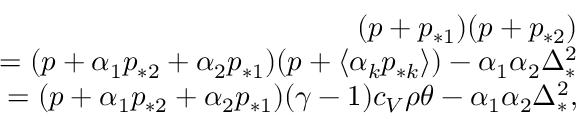
\begin{array} { r } { ( p + p _ { * 1 } ) ( p + p _ { * 2 } ) } \\ { = ( p + \alpha _ { 1 } p _ { * 2 } + \alpha _ { 2 } p _ { * 1 } ) ( p + \langle \alpha _ { k } p _ { * k } \rangle ) - \alpha _ { 1 } \alpha _ { 2 } \Delta _ { * } ^ { 2 } } \\ { = ( p + \alpha _ { 1 } p _ { * 2 } + \alpha _ { 2 } p _ { * 1 } ) ( \gamma - 1 ) c _ { V } \rho \theta - \alpha _ { 1 } \alpha _ { 2 } \Delta _ { * } ^ { 2 } , } \end{array}